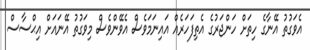
އެވަގުތު އޭނާގެ ހިތަށް ހަންޖަރުގެ އެތިފަހަރެއް އައިނަމަވެސް އެވޭންވެސް މިވަގުތު އޭނައަށް އިޙްސާސް